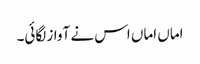
اماں اماں اس نے آواز لگائی۔